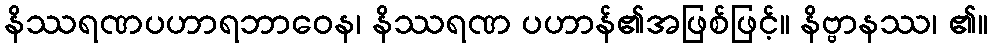
နိဿရဏပဟာရဘာဝေန၊ နိဿရဏ ပဟာန်၏အဖြစ်ဖြင့်။ နိဗ္ဗာနဿ၊ ၏။